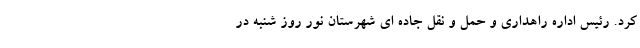
کرد. رئیس اداره راهداری و حمل و نقل جاده ای شهرستان نور روز شنبه در